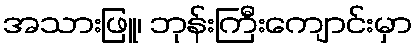
အသားဖြူ၊ ဘုန်းကြီးကျောင်းမှာ